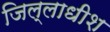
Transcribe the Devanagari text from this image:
जिल्लाधीश